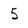
Character: 5